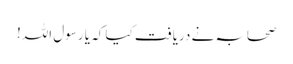
صحابہ نے دریافت کیا کہ یا رسول اللہ!